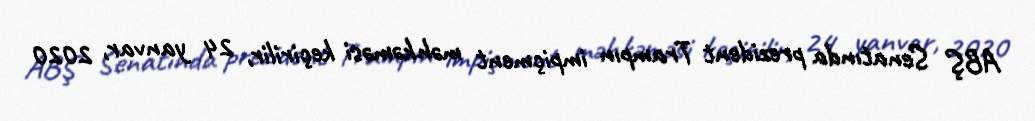
ABŞ Senatında prezident Trampın impiçment məhkəməsi keçirilir, 24 yanvar, 2020